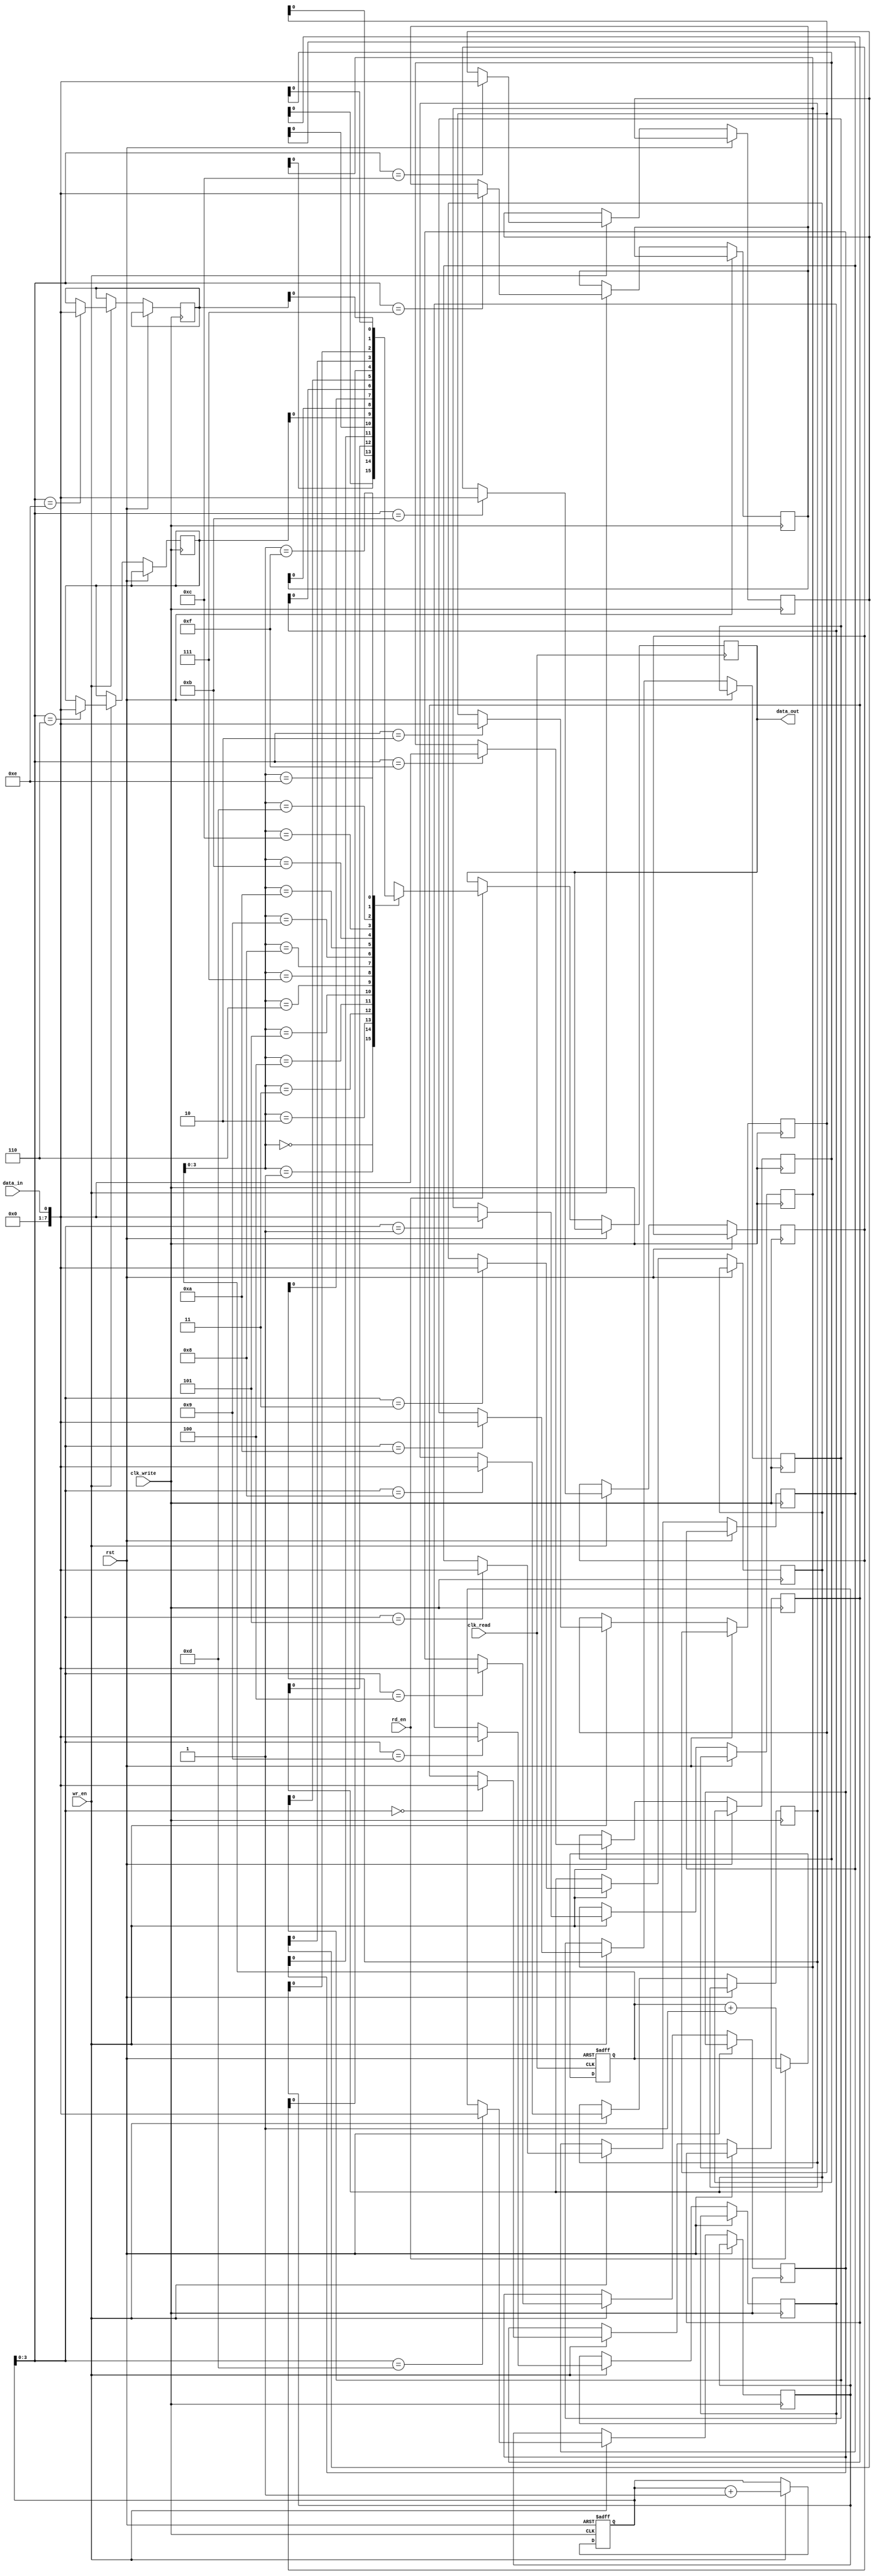
module async_fifo (
    input wire clk_write,      // Clock signal for write pointer
    input wire clk_read,       // Clock signal for read pointer
    input wire rst,            // Reset signal
    input wire wr_en,          // Write enable signal
    input wire rd_en,          // Read enable signal
    input wire data_in,        // Data input
    output wire data_out       // Data output
);

parameter FIFO_DEPTH = 16;    // Depth of FIFO buffer
parameter DATA_WIDTH = 8;     // Width of data

reg [DATA_WIDTH-1:0] fifo_mem [0:FIFO_DEPTH-1];
reg [DATA_WIDTH-1:0] read_ptr = 0;
reg [DATA_WIDTH-1:0] write_ptr = 0;

// Write operation
always @(posedge clk_write or posedge rst) begin
    if (rst) begin
        write_ptr <= 0;
    end else begin
        if (wr_en) begin
            fifo_mem[write_ptr] <= data_in;
            write_ptr <= write_ptr + 1;
        end
    end
end

// Read operation
always @(posedge clk_read or posedge rst) begin
    if (rst) begin
        read_ptr <= 0;
    end else begin
        if (rd_en) begin
            data_out <= fifo_mem[read_ptr];
            read_ptr <= read_ptr + 1;
        end
    end
end

endmodule